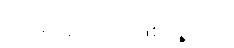
ဟိုမှာ စာရေးဖြစ်ရဲ့လား